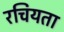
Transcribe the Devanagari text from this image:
रचियता